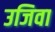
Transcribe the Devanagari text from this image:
उजिवा